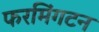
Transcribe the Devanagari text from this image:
फरमिंगटन